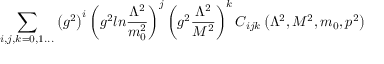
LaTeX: \sum _ { i , j , k = 0 , 1 . . . } \left( g ^ { 2 } \right) ^ { i } \left( g ^ { 2 } l n { \frac { \Lambda ^ { 2 } } { m _ { 0 } ^ { 2 } } } \right) ^ { j } \left( g ^ { 2 } { \frac { \Lambda ^ { 2 } } { M ^ { 2 } } } \right) ^ { k } C _ { i j k } \left( \Lambda ^ { 2 } , M ^ { 2 } , m _ { 0 } , p ^ { 2 } \right)